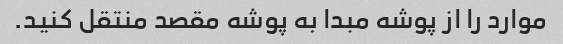
موارد را از پوشه مبدا به پوشه مقصد منتقل کنید.